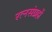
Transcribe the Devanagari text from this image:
रत्नसंग्रहों